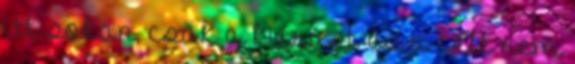
itt sokan, csak a kiírást és a célt nem